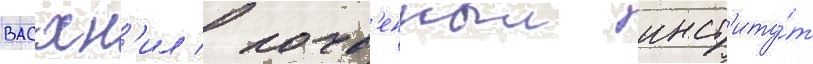
васхн'ил / почв'енныи инст'иту́т